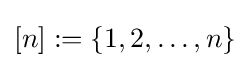
[n]:=\{1,2,\ldots ,n\}